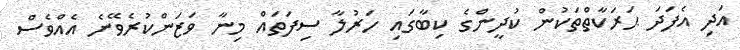
އަދި އެފަދަ ޙަރަކާތްތަކުން ކުދީންގެ ކިބާގައި ހަރުލާ ސިފަތައް މިނާ ވަޒަންކުރެވޭނެ އެއްވެސް